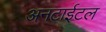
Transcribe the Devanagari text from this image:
अनटाईटल